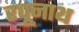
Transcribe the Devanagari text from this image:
रघूनाथ